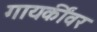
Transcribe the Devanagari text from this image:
गायकींवर